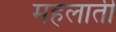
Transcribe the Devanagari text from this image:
महलाती